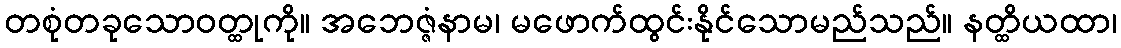
တစုံတခုသောဝတ္ထုကို။ အဘေဇ္ဇံနာမ၊ မဖောက်ထွင်းနိုင်သောမည်သည်။ နတ္ထိယထာ၊